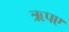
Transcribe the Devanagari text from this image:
ऋपए